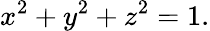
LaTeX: x^{2}+y^{2}+z^{2}=1.